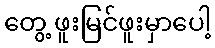
တွေ့ ဖူးမြင်ဖူးမှာပေါ့